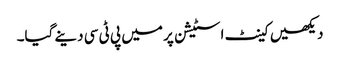
دیکھیں کینٹ اسٹیشن پر میں پی ٹی سی دینے گیا۔